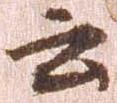
云